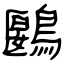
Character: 鶠